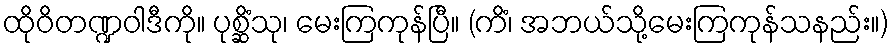
ထိုဝိတဏ္ဍဝါဒီကို။ ပုစ္ဆိံသု၊ မေးကြကုန်ပြီ။ (ကိံ၊ အဘယ်သို့မေးကြကုန်သနည်း။)